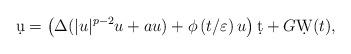
LaTeX: \begin{align*} \d u=\left(\Delta(|u|^{p-2}u+a u) +\phi\left(t/\varepsilon\right)u\right)\d t+G\d W(t),\end{align*}